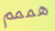
هممم